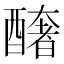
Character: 𨣍